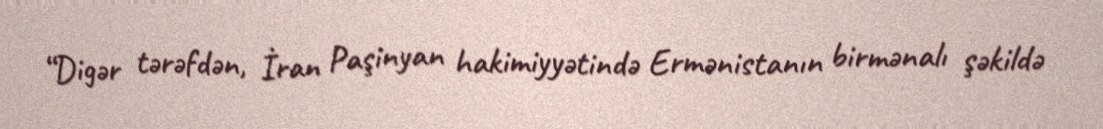
“Digər tərəfdən, İran Paşinyan hakimiyyətində Ermənistanın birmənalı şəkildə